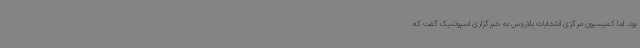
بود. اما کمیسیون مرکزی انتخابات بلاروس به خبرگزاری اسپوتنیک گفت که